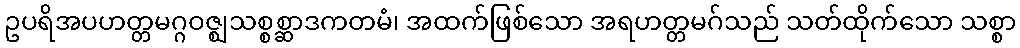
ဥပရိအပဟတ္တမဂ္ဂဝဇ္ဈသစ္စစ္ဆာဒကတမံ၊ အထက်ဖြစ်သော အရဟတ္တမဂ်သည် သတ်ထိုက်သော သစ္စာ